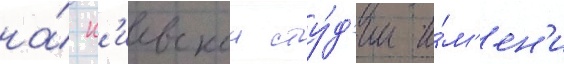
на́ к'иевскои сту́д'ии и́м'ен'и